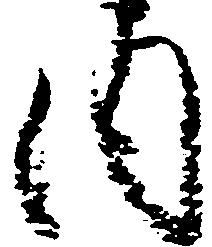
内